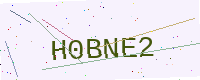
Text: H0BNE2